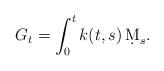
LaTeX: \begin{align*}G_t = \int_0^t k(t,s)\, \d M_s.\end{align*}